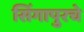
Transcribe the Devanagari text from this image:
सिंगापुरचे